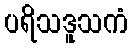
ပရိသဒူသကံ